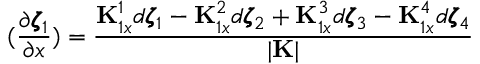
( \frac { \partial \pmb { \zeta } _ { 1 } } { \partial x } ) = \frac { { \bf K } _ { 1 x } ^ { 1 } d \pmb { \zeta } _ { 1 } - { \bf K } _ { 1 x } ^ { 2 } d \pmb { \zeta } _ { 2 } + { \bf K } _ { 1 x } ^ { 3 } d \pmb { \zeta } _ { 3 } - { \bf K } _ { 1 x } ^ { 4 } d \pmb { \zeta } _ { 4 } } { | { \bf K } | }